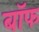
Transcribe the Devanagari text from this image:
बाॅफ